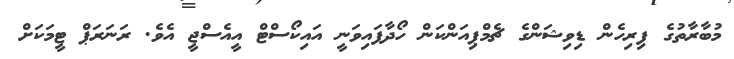
މުބާރާތުގެ ފިރިހެން ޑިވިޝަންގެ ޗެމްޕިއަންކަން ހޯދާފައިވަނީ އައިކޯސްޓް އީއެސްޖީ އެވެ. ރަނަރަޕް ޓީމަކަށް